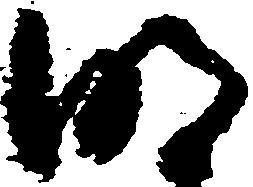
明